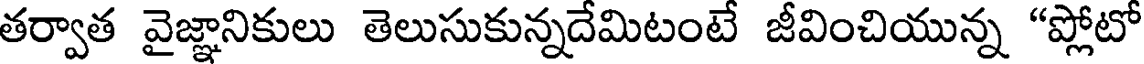
తర్వాత వైజ్ఞానికులు తెలుసుకున్నదేమిటంటే జీవించియున్న "ప్లోటో